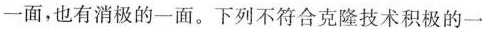
一面，也有消极的一面。下列不符合克隆技术积极的一